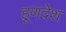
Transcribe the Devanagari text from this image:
हूणदेश